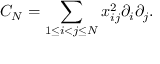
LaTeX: { \cal C } _ { N } = \sum _ { 1 \leq i < j \leq N } x _ { i j } ^ { 2 } \partial _ { i } \partial _ { j } .